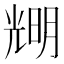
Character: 𠒫